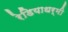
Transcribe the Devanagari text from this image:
रेडियाधर्मी